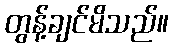
တွန့်ချင်မိသည်။